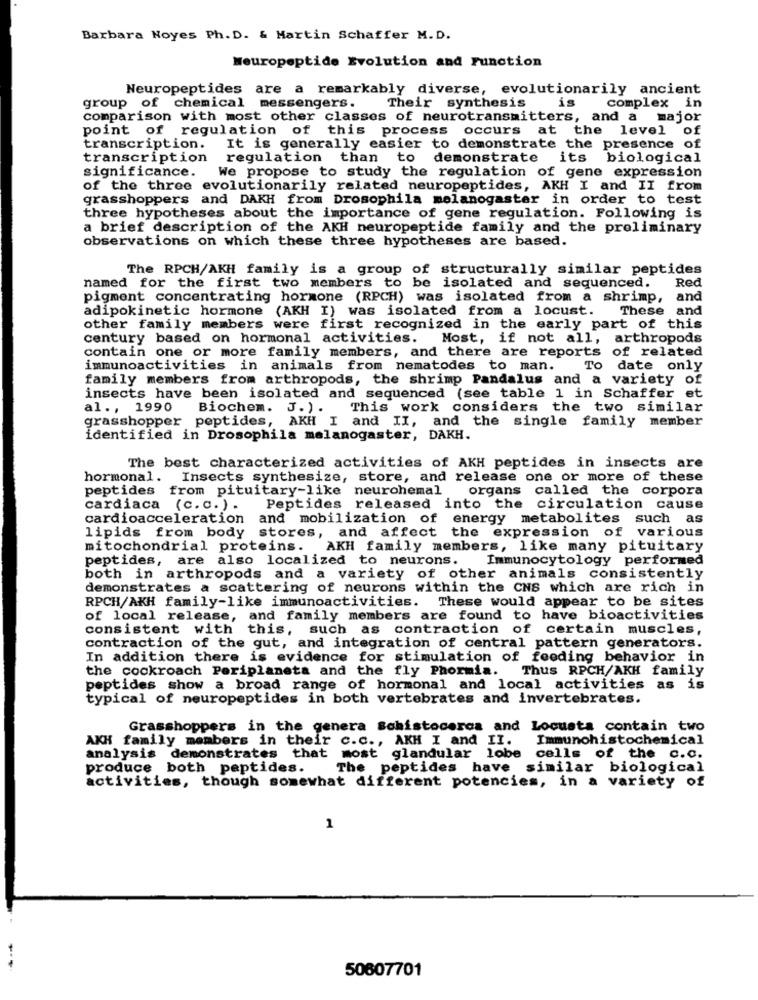
Barbara Noyes Ph. D. & Martin Schaffer M.D.
Neuropeptide Evolution and Function
Neuropeptides are a remarkably diverse, evolutionarily ancient
Their synthesis
group of chemical messengers.
is
complex in
comparison with most other classes of neurotransmitters, and a major
point of regulation of this process occurs at the level
of
of
transcription.
It is generally easier to demonstrate the presence
transcription
regulation than to demonstrate its biological
significance.
We propose to study the regulation of gene expression
of the three evolutionarily related neuropeptides, AKH I and II from
grasshoppers and DAKH from Drosophila melanogaster in order to test
three hypotheses about the importance of gene regulation. Following is
a brief description of the AKH neuropeptide family and the preliminary
observations on which these three hypotheses are based.
The RPCH/AKH family is a group of structurally similar peptides
named for the first two members to be isolated and sequenced.
Red
pigment concentrating hormone (RPCH) was isolated from a shrimp, and
adipokinetic hormone (AKH I) was isolated from a locust. These and
other family members were first recognized in the early part of this
century based on hormonal activities. Most, if not all, arthropods
contain one or more family members, and there are reports of related
immunoactivities in animals from nematodes to man.
To date only
family members from arthropods, the shrimp Pandalus and a variety of
insects have been isolated and sequenced (see table 1 in Schaffer et
al ., 1990 Biochem. J. ). This work considers the two similar
grasshopper peptides, AKH I and II, and the single family member
identified in Drosophila melanogaster, DAKH.
The best characterized activities of AKH peptides in insects are
hormonal. Insects synthesize, store, and release one or more of these
peptides from pituitary-like neurohemal
organs called the corpora
cardiaca (c.c.) .
Peptides released into the circulation cause
cardioacceleration and mobilization of energy metabolites such as
lipids from body stores, and affect the expression of various
mitochondrial proteins. AKH family members, like many pituitary
peptides, are also localized to neurons. Immunocytology performed
both in arthropods and a variety of other animals consistently
demonstrates a scattering of neurons within the CNS which are rich in
RPCH/AKH family-like immunoactivities. These would appear to be sites
of local release, and family members are found to have bioactivities
consistent with
this, such as contraction of certain muscles,
contraction of the gut, and integration of central pattern generators.
In addition there is evidence for stimulation of feeding behavior in
the cockroach Periplaneta and the fly Phormia.
Thus RPCH/AKH family
peptides show a broad range of hormonal and local activities as is
typical of neuropeptides in both vertebrates and invertebrates.
Grasshoppers in the genera Schistocerca and Locusta contain two
AKH family members in their c.c ., AKH I and II.
Immunohistochemical
analysis demonstrates that most glandular lobe
cells of the c.c.
produce both peptides.
The peptides have similar biological
activities, though somewhat different potencies, in a variety of
1
50607701